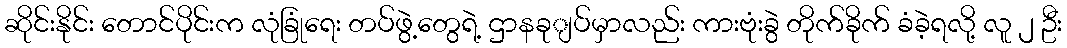
ဆိုင်းနိုင်း တောင်ပိုင်းက လုံခြုံရေး တပ်ဖွဲ့တွေရဲ့ ဌာနခုျပ်မှာလည်း ကားဗုံးခွဲ တိုက်ခိုက် ခံခဲ့ရလို့ လူ ၂ ဦး